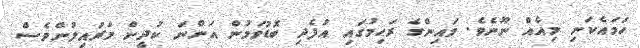
ހަމައެކަނި މިއެއް ނޫނެވެ. މައިންގެ ރަޙިމުގައި އުފެދި ބޮޑުވަމުން އަންނަ ކުދީން މަރައިލުންވެސް